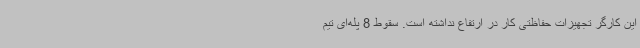
این کارگر تجهیزات حفاظتی کار در ارتفاع نداشته است. سقوط 8 پله‌ای تیم